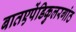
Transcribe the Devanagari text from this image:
बातएपेंडिकुलरगांठ